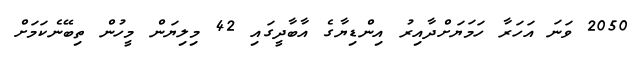
2050 ވަނަ އަހަރާ ހަމަޔަށްދާއިރު އިންޑިޔާގެ އާބާދީގައި 42 މިލިޔަން މީހުން ތިބޭނެކަމަށް